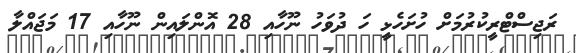
ރަޖިސްޓްރީކުރުމަށް ހުށަހެޅީ ހަ ދުވަހު ނޫހާއި 28 އޮންލައިން ނޫހާއި 17 މަޖައްލާ